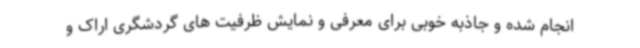
انجام شده و جاذبه خوبی برای معرفی و نمایش ظرفیت های گردشگری اراک و